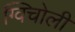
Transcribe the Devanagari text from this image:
ग्विचोली